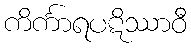
ကိင်္ကာရပဋိဿာဝီ